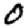
Digit: 0